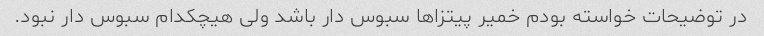
در توضیحات خواسته بودم خمیر پیتزا‌ها سبوس دار باشد ولی هیچکدام سبوس دار نبود.